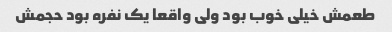
طعمش خیلی خوب بود ولی واقعا یک نفره بود حجمش